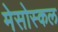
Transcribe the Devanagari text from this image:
मेसोस्कल